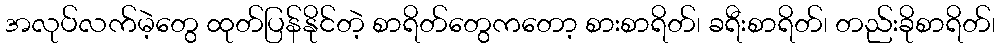
အလုပ်လက်မဲ့တွေ ထုတ်ပြန်နိုင်တဲ့ စာရိတ်တွေကတော့ စားစာရိတ်၊ ခရီးစာရိတ်၊ တည်းခိုစာရိတ်၊